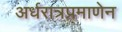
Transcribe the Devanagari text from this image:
अर्धरात्रप्रमाणेन